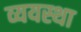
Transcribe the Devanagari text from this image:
व्ययस्था